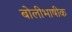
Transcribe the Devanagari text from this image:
बोलीभाषीक